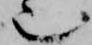
也